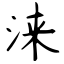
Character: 涞